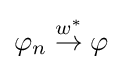
\varphi _{n}\mathrel {\stackrel {w^{*}}{\rightarrow }} \varphi